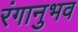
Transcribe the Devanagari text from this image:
रंगानुभव